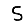
Digit: 5